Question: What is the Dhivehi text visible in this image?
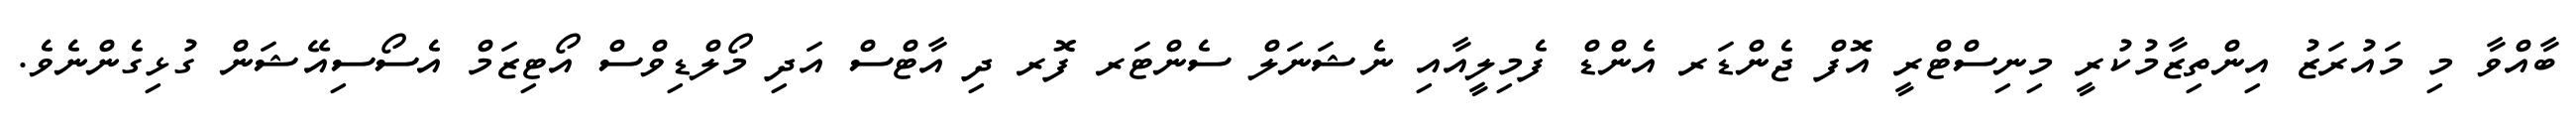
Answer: ބާއްވާ މި މައުރަޒު އިންތިޒާމުކުރީ މިނިސްޓްރީ އޮފް ޖެންޑަރ އެންޑް ފެމިލީއާއި ނެޝަނަލް ސެންޓަރ ފޮރ ދި އާޓްސް އަދި މޯލްޑިވްސް އޯޓިޒަމް އެސޯސިއޭޝަން ގުޅިގެންނެވެ.